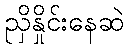
ညှိနှိုင်းနေဆဲ